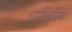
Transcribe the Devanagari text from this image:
धर्मलिपियाँ